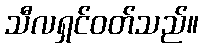
သီလရှင်ဝတ်သည်။